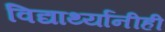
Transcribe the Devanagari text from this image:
विद्यार्थ्यांनीही